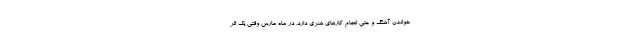
خواندن آهنگ و حتی انجام کار‌های هنری دارد. در ماه مارس وقتی یک اثر